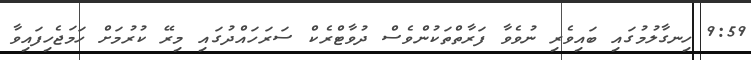
9:59 ހިނގާލުމުގައި ބައިވެރި ނުވެވާ ފަރާތްތަކުންވެސް ދުވާޓްރެކް ސަރަހައްދުގައި މިރޭ ކުރުމަށް ހަމަޖެހިފައިވާ